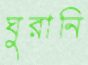
ঘুরানি